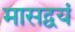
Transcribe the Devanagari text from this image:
मासद्वयं